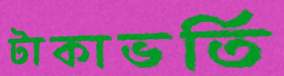
টাকাভর্তি